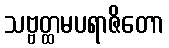
သဗ္ဗတ္ထမပရာဇိတော